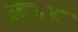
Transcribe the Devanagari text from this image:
क्र॰८